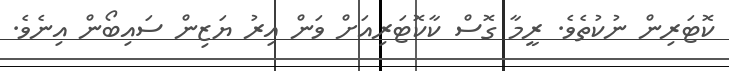
ކޮޓަރިން ނުކުތެވެ. ރީމާ ގޮސް ކާކޮޓަރިއަށް ވަން އިރު ޔަޒިން ސައިބޯން އިނެވެ.